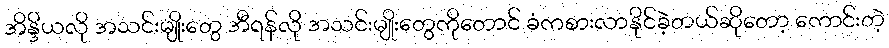
အိန္ဒိယလို အသင်းမျိုးတွေ အီရန်လို အသင်းမျိုးတွေကိုတောင် ခံကစားလာနိုင်ခဲ့တယ်ဆိုတော့ ကောင်းတဲ့